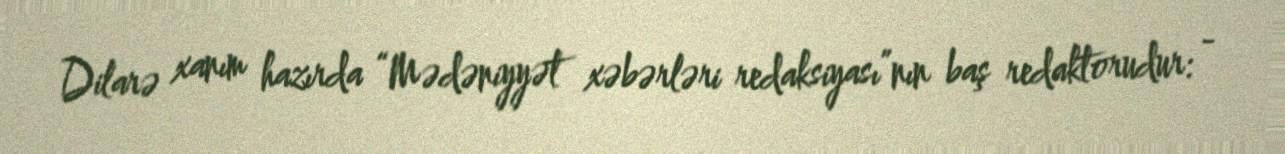
Dilarə xanım hazırda “Mədəniyyət xəbərləri redaksiyası”nın baş redaktorudur: -